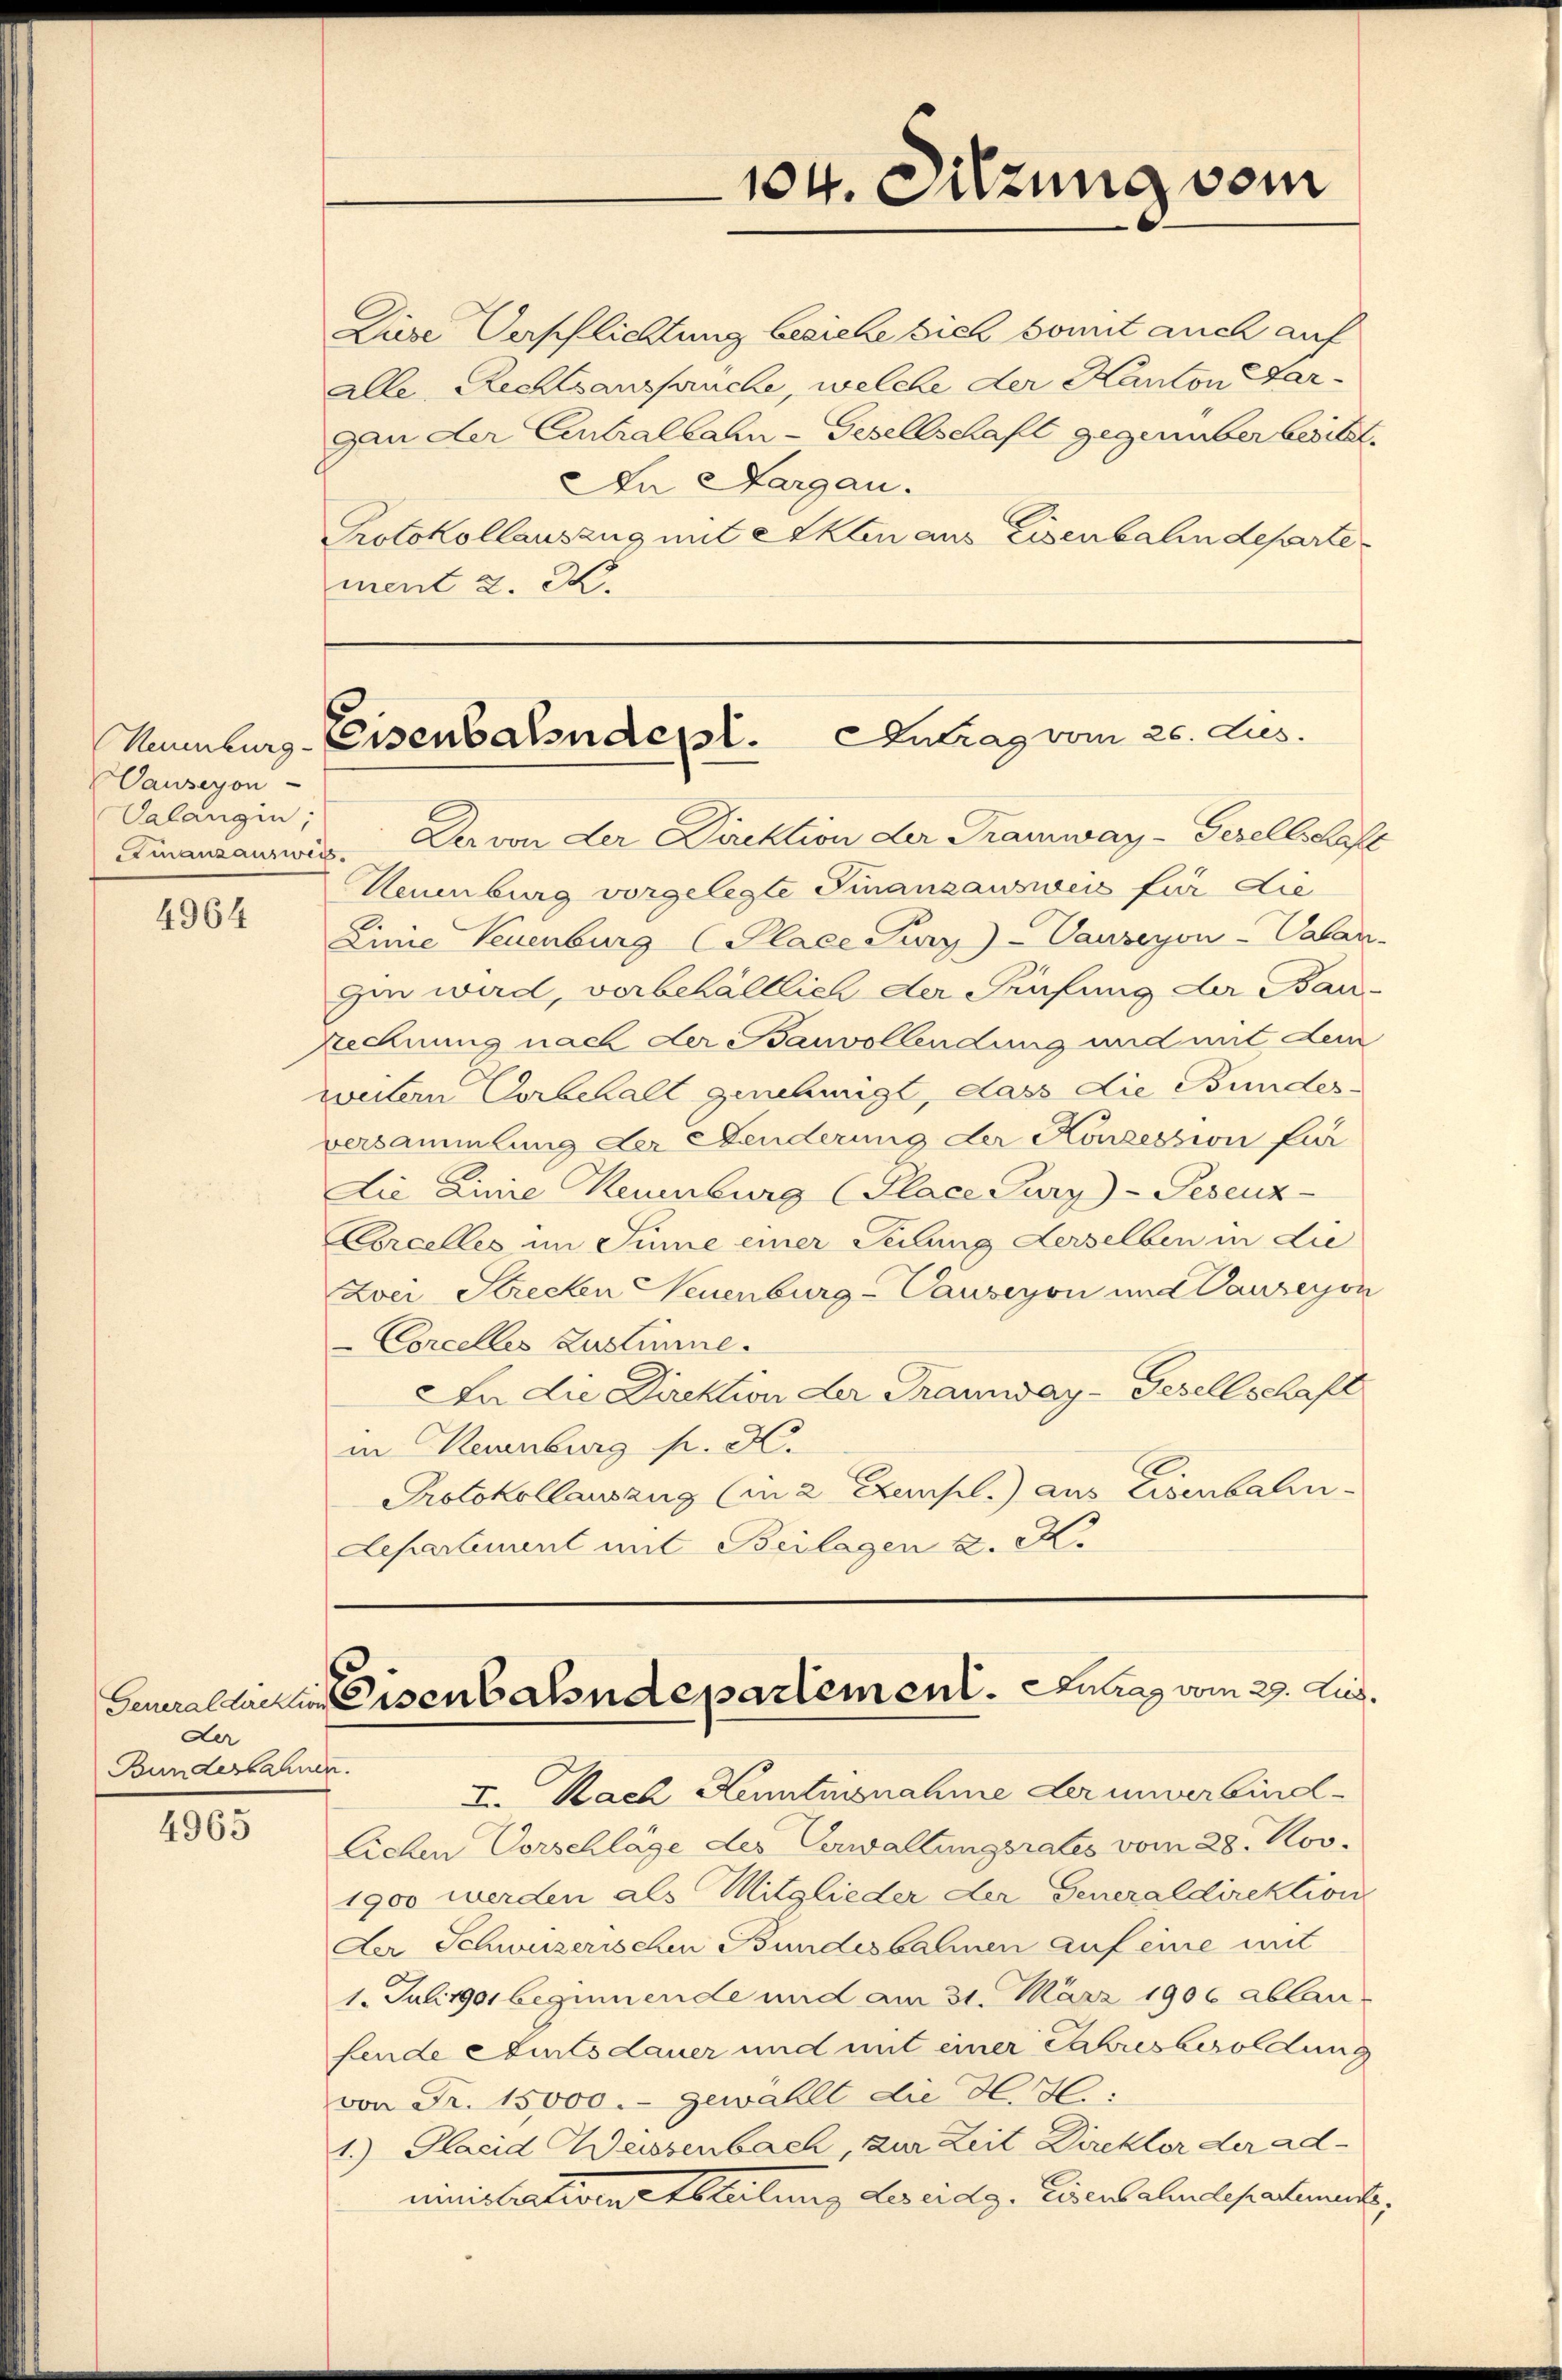
Vauseyon-
Calangin;

4964

der
Bunderbahne

4965

Diese Verpflichtung besiche sich somit auch auf
alle Rechtsanspruche, welche der Kanton Sar¬
Dan der Centralbahn-Gesellschaft gegenüber besitzt.
In Aargau.
Protokollauszug mit Akten aus Eisenbahndepartement 2. M.

Finanzauswiss. Der von der Direktion der Tramway-Gesellschaft
Neuenburg vorgelegte Finanzausweis für die
Linie Neuenburg (Place Jury) - Vauzeyon-Salan
zi wird, vorbehältlich der Fünfung der Bau-
Rechnung nach der Bauvollendung und mit dein
weitern Vorbehalt genehmigt, dass die Bundesversammlung der Aenderung der Konzession für
Lie Linie Neuenburg (Place Jury)-Pesenz-
Corcelles im Sinne einer Teilung derselben in die
Zwei Strecken Neuenburg-Causeyon und Canzeyon
Corcelles Zustimme.
An die Direktion der Tramway-Gesellschaft
in Reuenburg p. N.
Protokollauszug (in 2 Exempl.) aus Eisenbalin
Departement mit Beilagen u. K.

e.
I. Nach Kenntnisnahme der unverbindl
Eichen Vorschläge des Verwaltungsrates vom 28. Nov.
1900 werden als Mitglieder der Generaldirektion
Der Schweizerischen Bundesbahnen auf eine mit
1. Juliger beginnende und am 31. März 1906 ablan-
fende Amtsdauer und mit einer Jahresbesoldung
von Fr. 15,000.- gewählt die H. H.
1.) Placid Weissenbach, zur Zeit Direktor der administrativen Abteilung des eidg. Eisenbahndepartements,

104. Sitzung vom

Sammlers Eisenbahndept. Antrag vom 25. Jus

Generallasten eisenbahndepartement. Lutrag vom 29. Aug.